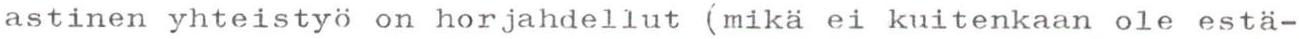
astinen yhteistyö on horjahdellut (mikä ei kuitenkaan ole estä-